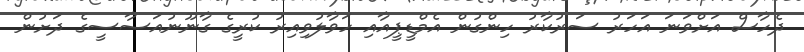
ދެހާސް އަށްވަނަ އަހަރު ސަރުކާރު ހިންގުން އެމްޑީޕީއާއި ހަވާލުވިއިރު ކުރީގެ ގާނޫނުއަސާސީގެ ދަށުން